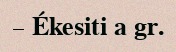
– Ékesiti a gr.